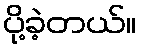
ပို့ခဲ့တယ်။